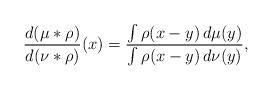
LaTeX: \begin{align*} \frac{ d (\mu * \rho)}{ d (\nu * \rho)}(x) = \frac{ \int \rho(x-y) \, d\mu(y) }{\int \rho(x-y) \, d\nu(y) }, \end{align*}